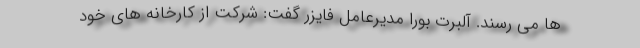
ها می رسند. آلبرت بورا مدیرعامل فایزر گفت: شرکت از کارخانه های خود